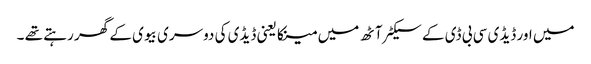
میں اور ڈیڈی سی بی ڈی کے سیکٹر آٹھ میں مینکا یعنی ڈیڈی کی دوسری بیوی کے گھر رہتے تھے ۔